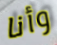
وأنا